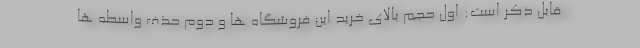
قابل ذکر است: اول حجم بالای خرید این فروشگاه ها و دوم حذف واسطه ها